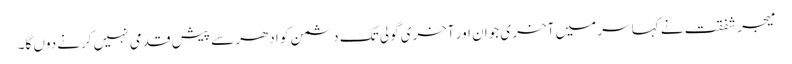
میجر شفقت نے کہا سر میں آخر ی جوان اور آخری گولی تک دشمن کو ادھر سے پیش قدمی نہیں کرنے دوں گا۔